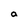
Character: a